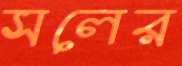
সলের